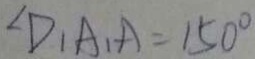
\angle D _ { 1 } A _ { 1 } A = 1 5 0 ^ { \circ }